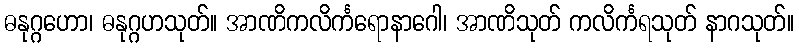
ဓနုဂ္ဂဟော၊ ဓနုဂ္ဂဟသုတ်။ အာဏိကလိင်္ကရောနာဂေါ၊ အာဏိသုတ် ကလိင်္ကရသုတ် နာဂသုတ်။